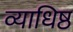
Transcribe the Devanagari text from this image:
व्याधिष्ठ